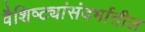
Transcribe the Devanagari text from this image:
वैशिष्ट्यांसंदर्भातील